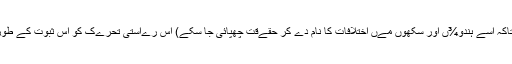
بھارتی مےڈےا جس کی اکثرےت ان واقعات کو فسادات کہنا پسند کرتا اور ترجےح دےتا ہے (تاکہ اسے ہندو¾ں اور سکھوں مےں اختلافات کا نام دے کر حقےقت چھپائی جا سکے) اس رےاستی تحرےک کو اس ثبوت کے طور پر پےش کرتا ہے کہ کےنےڈا مےں سکھ علےحدگی پسندی کی تحرےک تروےج پارہی ہے۔